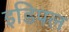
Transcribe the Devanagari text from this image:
इडिपल